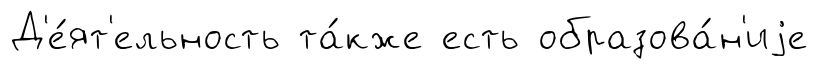
Д'е́ят'ельность та́кже есть образова́н'иjе